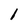
Character: l